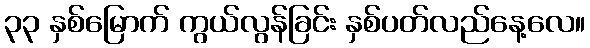
၃၃ နှစ်မြောက် ကွယ်လွန်ခြင်း နှစ်ပတ်လည်နေ့လေ။